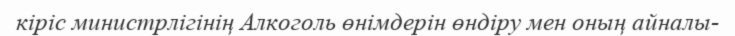
кіріс министрлігінің Алкоголь өнімдерін өндіру мен оның айналы-